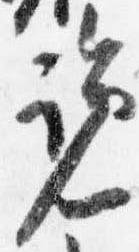
覧